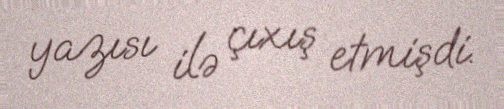
yazısı ilə çıxış etmişdi.